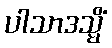
ပါသာဒသ္မိံ